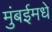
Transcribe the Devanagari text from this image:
मुंबईमधे